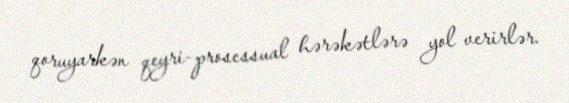
qoruyarkən qeyri-prosessual hərəkətlərə yol verirlər.